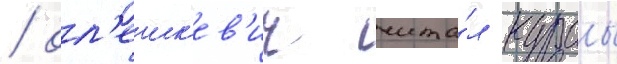
/ ол'ешк'ев'ич чита́л курсы